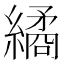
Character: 繘